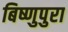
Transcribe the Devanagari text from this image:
बिष्णुपुरा